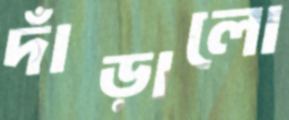
দাঁড়ালো